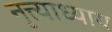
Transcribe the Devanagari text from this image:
नृत्त्याध्याय